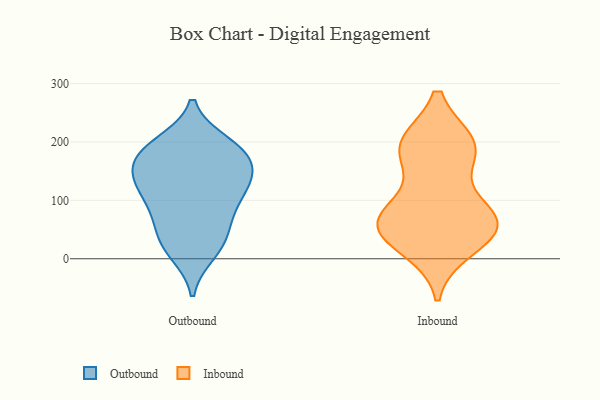
{"axis": {"x": "Waste Production (Tons)", "y": "Value"}, "legend": ["Inbound", "Outbound"], "data": [{"x": "", "y": 60, "type": "Outbound"}, {"x": "", "y": 19, "type": "Outbound"}, {"x": "", "y": 184, "type": "Outbound"}, {"x": "", "y": 56, "type": "Outbound"}, {"x": "", "y": 131, "type": "Outbound"}, {"x": "", "y": 188, "type": "Outbound"}, {"x": "", "y": 195, "type": "Outbound"}, {"x": "", "y": 155, "type": "Outbound"}, {"x": "", "y": 98, "type": "Outbound"}, {"x": "", "y": 91, "type": "Outbound"}, {"x": "", "y": 10, "type": "Outbound"}, {"x": "", "y": 164, "type": "Outbound"}, {"x": "", "y": 198, "type": "Outbound"}, {"x": "", "y": 114, "type": "Outbound"}, {"x": "", "y": 136, "type": "Outbound"}, {"x": "", "y": 164, "type": "Outbound"}, {"x": "", "y": 29, "type": "Outbound"}, {"x": "", "y": 128, "type": "Outbound"}, {"x": "", "y": 73, "type": "Inbound"}, {"x": "", "y": 50, "type": "Inbound"}, {"x": "", "y": 184, "type": "Inbound"}, {"x": "", "y": 68, "type": "Inbound"}, {"x": "", "y": 20, "type": "Inbound"}, {"x": "", "y": 190, "type": "Inbound"}, {"x": "", "y": 45, "type": "Inbound"}, {"x": "", "y": 194, "type": "Inbound"}, {"x": "", "y": 79, "type": "Inbound"}, {"x": "", "y": 59, "type": "Inbound"}, {"x": "", "y": 195, "type": "Inbound"}]}